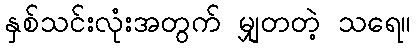
နှစ်သင်းလုံးအတွက် မျှတတဲ့ သရေ။